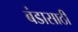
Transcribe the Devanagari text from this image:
बंडासाठी